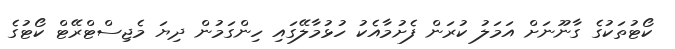
ކޯޓުތަކުގެ ގާނޫނަށް އަމަލު ކުރަން ފެށުމާއެކު ހުޅުމާލޭގައި ހިންގަމުން ދިޔަ މެޖިސްޓްރޭޓް ކޯޓުގެ